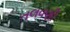
તલવણી